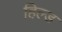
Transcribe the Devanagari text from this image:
हिल्ड